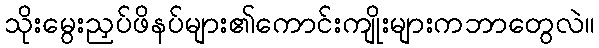
သိုးမွေးညှပ်ဖိနပ်များ၏ကောင်းကျိုးများကဘာတွေလဲ။